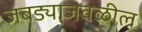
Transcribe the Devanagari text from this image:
जबड्याजवळील